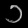
Digit: ၁